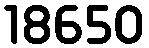
18650